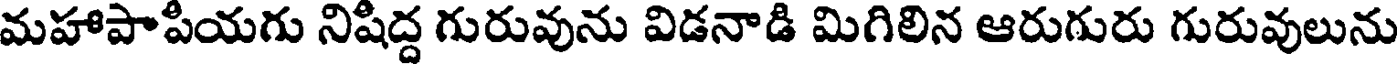
మహాపాపియగు నిషిద్ద గురువును విడనాడి మిగిలిన ఆరుగురు గురువులును